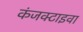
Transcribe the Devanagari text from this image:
कंजक्टाइवा